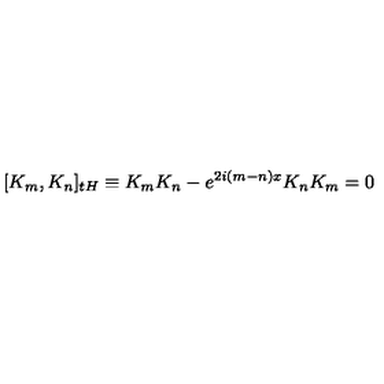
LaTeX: \lbrack K _ { m } , K _ { n } ] _ { t H } \equiv K _ { m } K _ { n } - e ^ { 2 i ( m - n ) x } K _ { n } K _ { m } = 0